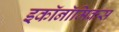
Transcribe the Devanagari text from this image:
इकॉनॉमिकस